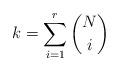
LaTeX: \begin{align*}k=\sum_{i=1}^r \binom{N}{i}\end{align*}